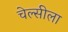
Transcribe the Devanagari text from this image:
चेल्सीला